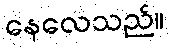
နေလေသည်။